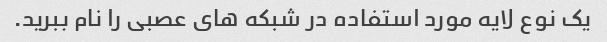
یک نوع لایه مورد استفاده در شبکه های عصبی را نام ببرید.